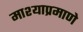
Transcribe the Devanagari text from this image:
माश्याप्रमाणे